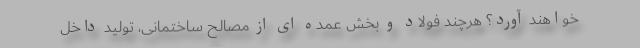
خواهند آورد؟ هرچند فولاد و بخش عمده ای از مصالح ساختمانی، تولید داخل